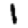
Digit: 1